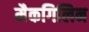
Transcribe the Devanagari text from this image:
मैकगिलिन